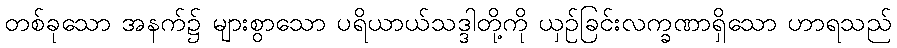
တစ်ခုသော အနက်၌ များစွာသော ပရိယာယ်သဒ္ဒါတို့ကို ယှဉ်ခြင်းလက္ခဏာရှိသော ဟာရသည်